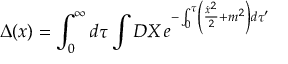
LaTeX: \Delta ( x ) = \int _ { 0 } ^ { \infty } d \tau \int D X \, e ^ { - \int _ { 0 } ^ { \tau } \left( { \frac { { \dot { x } } ^ { 2 } } { 2 } } + m ^ { 2 } \right) d \tau ^ { \prime } }